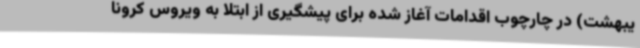
یبهشت) در چارچوب اقدامات آغاز شده برای پیشگیری از ابتلا به ویروس کرونا